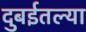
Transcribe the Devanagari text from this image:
दुबईतल्या